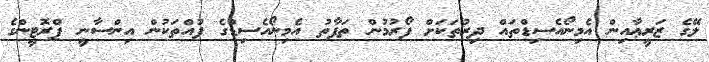
ލޭގެ ޒަރީޢާއިން އެމިނޯއެސިޑްތައް ދިރުތަކަށް ފޯރުމުން ތަފާތު އެމިނޯއެސިޑްގެ ފުއްތަކުން އިންސާނީ ޕްރޮޓީންގެ